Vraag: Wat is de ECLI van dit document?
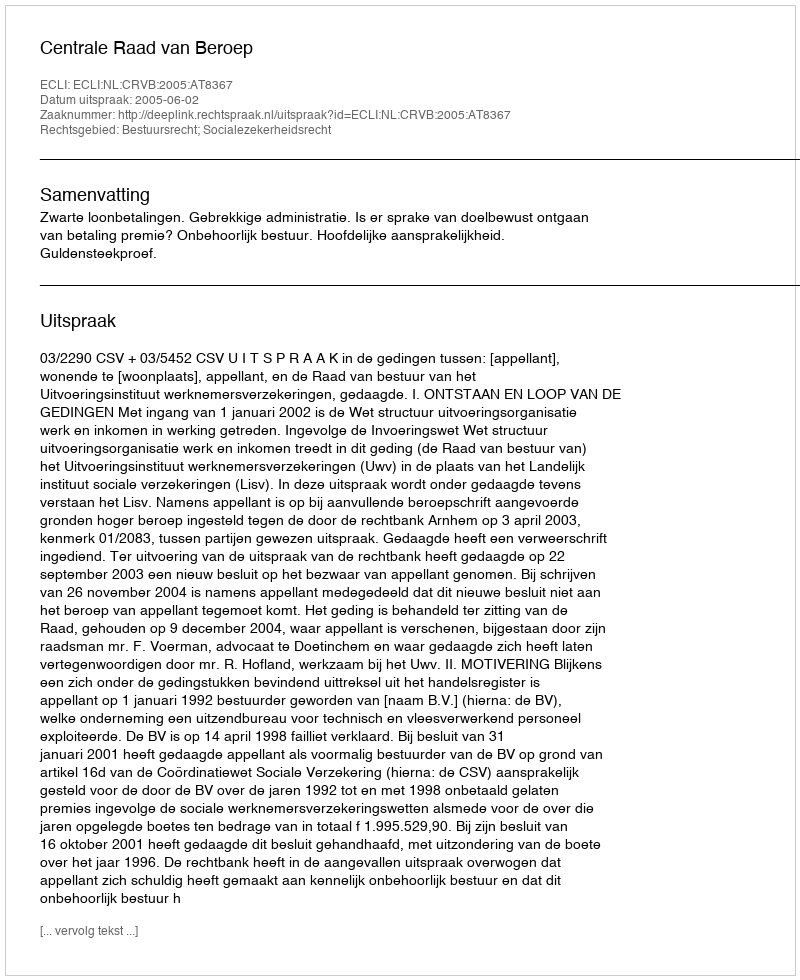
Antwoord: ECLI:NL:CRVB:2005:AT8367